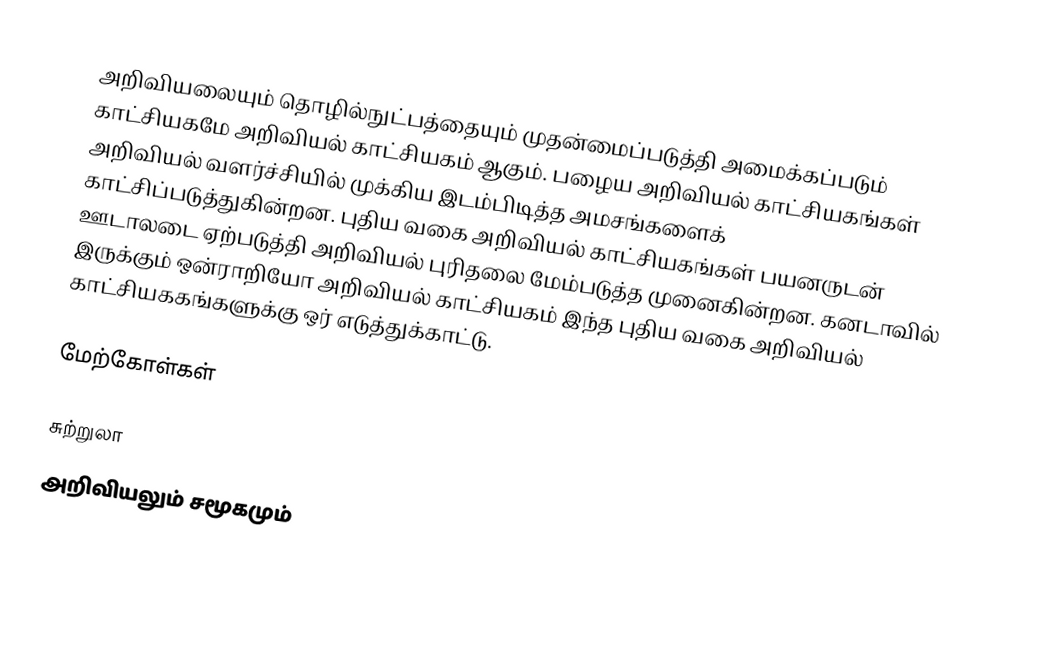
அறிவியலையும் தொழில்நுட்பத்தையும் முதன்மைப்படுத்தி அமைக்கப்படும் காட்சியகமே அறிவியல் காட்சியகம் ஆகும்.  பழைய அறிவியல் காட்சியகங்கள் அறிவியல் வளர்ச்சியில் முக்கிய இடம்பிடித்த அமசங்களைக் காட்சிப்படுத்துகின்றன.  புதிய வகை அறிவியல் காட்சியகங்கள் பயனருடன் ஊடாலடை ஏற்படுத்தி அறிவியல் புரிதலை மேம்படுத்த முனைகின்றன.  கனடாவில் இருக்கும் ஒன்ராறியோ அறிவியல் காட்சியகம் இந்த புதிய வகை அறிவியல் காட்சியககங்களுக்கு ஒர் எடுத்துக்காட்டு.

மேற்கோள்கள்

சுற்றுலா
அறிவியலும் சமூகமும்